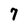
Character: 7